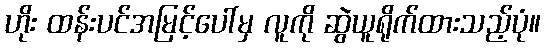
ဟိုး ထန်းပင်အမြင့်ပေါ်မှ လူကို ဆွဲယူရိုက်ထားသည့်ပုံ။